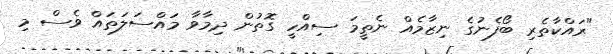
"ރައްކާތެރި ބޯފެނުގެ ނިޒާމެއް ނެތީމަ ސިއްހީ ގޮތުން ދިމާވާ މައްސަލަތައް ވެސް މި